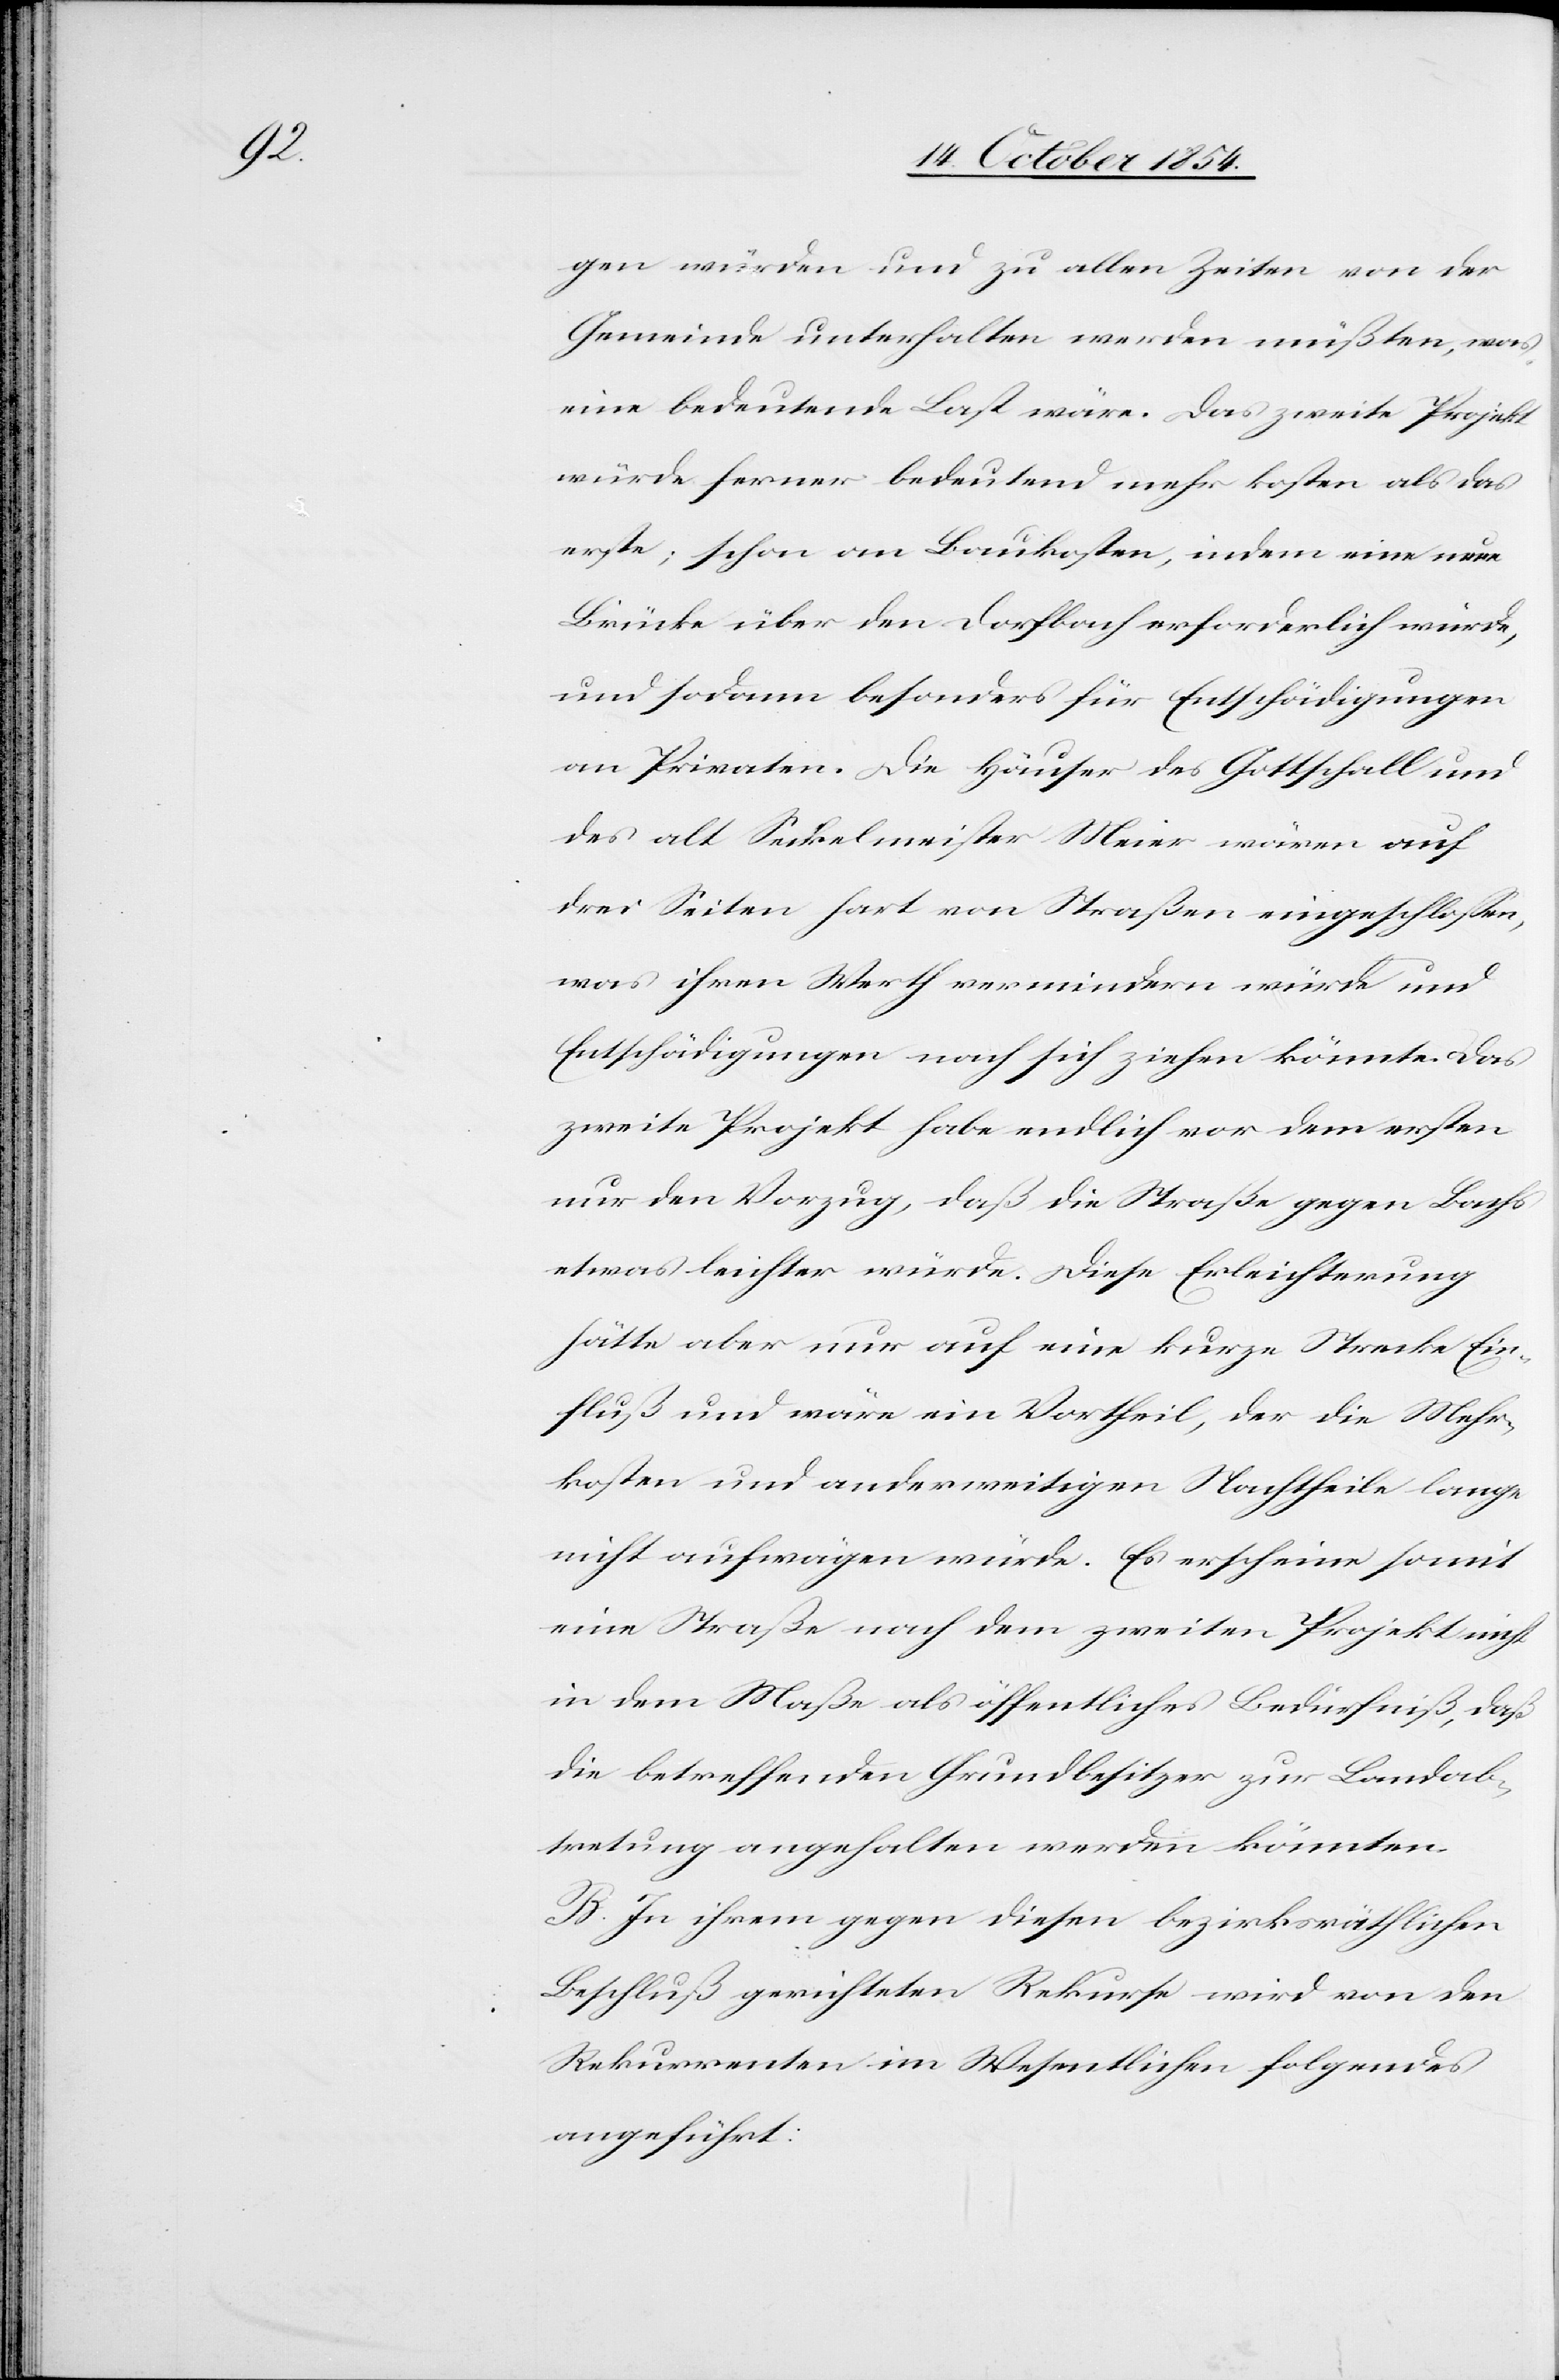
gen würden und zu allen Zeiten von der
Gemeinde unterhalten werden müßten, was
eine bedeutende Last wäre. Das zweite Projekt
würde ferner bedeutend mehr kosten als das
erste; schon an Baukosten, indem eine neue
Brücke über den Dorfbach erforderlich würde,
und sodann besonders für Entschädigungen
an Privaten. Die Häuser des Gottschall und
des alt Seckelmeister Meir wären auf
drei Seiten hart von Straßen eingeschloßen,
was ihren Werth vermindern würde und
Entschädigungen nach sich ziehen könnte. Das
zweite Projekt habe endlich vor dem ersten
nur den Vorzug, daß die Straße gegen Bachs
etwas leichter würde. Diese Erleichterung
hätte aber nur auf eine kurze Strecke Ein¬
fluß und wäre ein Vortheil, der die Mehr¬
kosten und anderweitigen Nachtheile lange
nicht aufwägen würde. Es erscheine somit
eine Straße nach dem zweiten Projekt nicht
in dem Maße als öffentliches Bedürfniß, daß
die betreffenden Grundbesitzer zur Landab¬
tretung angehalten werden könnten.
B. In ihrem gegen diesen bezirksräthlichen
Beschluß gerichteten Rekurse wird von den
Rekurrenten im Wesentlichen folgendes
angeführt: